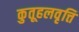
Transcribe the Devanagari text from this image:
कुतूहलवृत्ति